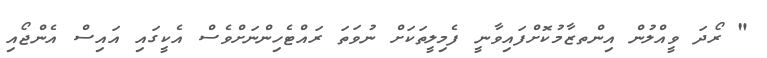
" ރޯދަ ވީއްލުން އިންތޒާމުކޮށްފައިވާނީ ފެމިލީތަކަށް ނުވަތަ ރައްޓެހިންނަށްވެސް އެކީގައި އައިސް އެންޖޯއި